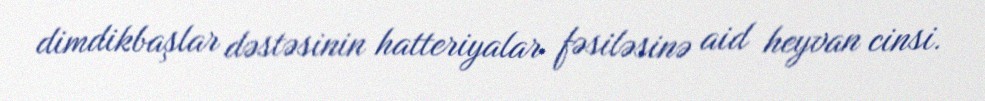
dimdikbaşlar dəstəsinin hatteriyalar fəsiləsinə aid heyvan cinsi.